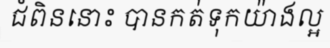
ជំពិននោះ បានកត់ទុកយ៉ាងល្អ